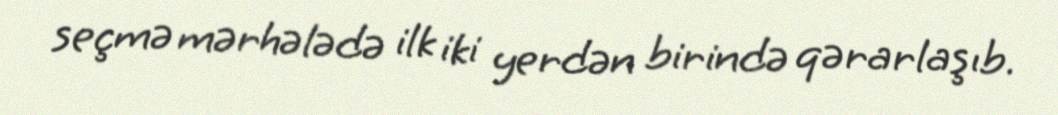
seçmə mərhələdə ilk iki yerdən birində qərarlaşıb.